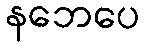
နဘေပေ